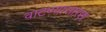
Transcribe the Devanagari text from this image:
वाटण्यासारखं